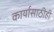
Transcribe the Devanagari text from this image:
कार्यासाठीही